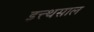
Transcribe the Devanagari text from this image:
इत्त्थसाल